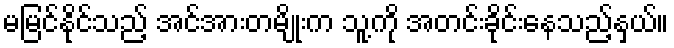
မမြင်နိုင်သည့် အင်အားတမျိုးက သူ့ကို အတင်းခိုင်းနေသည့်နှယ်။